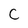
Character: C